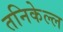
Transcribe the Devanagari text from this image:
तनिकेल्ल